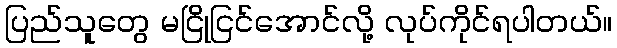
ပြည်သူတွေ မငြိုငြင်အောင်လို့ လုပ်ကိုင်ရပါတယ်။